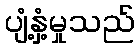
ပျံ့နှံ့မှုသည်